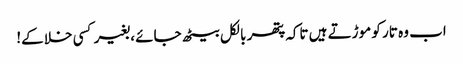
اب وہ تار کو موڑتے ہیں تاکہ پتھر بالکل بیٹھ جائے ، بغیر کسی خلا کے!